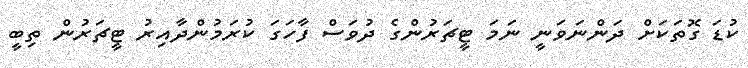
ކުޑަ ގޮތަކަށް ދަންނަވަނީ ނަމަ ޓީޗަރުންގެ ދުވަސް ފާހަގަ ކުރަމުންދާއިރު ޓީޗަރުން ތިބީ